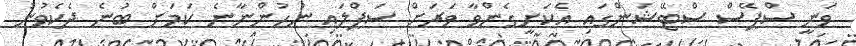
ވަނީ ސްޕޭސް ސްޓޭޝަންގައި އެކަށީގެންވާ ވަރަށް ސަޕްލައި ނުހުންނާނެ ކަމަށް ބުނެ ދެކެވުނު